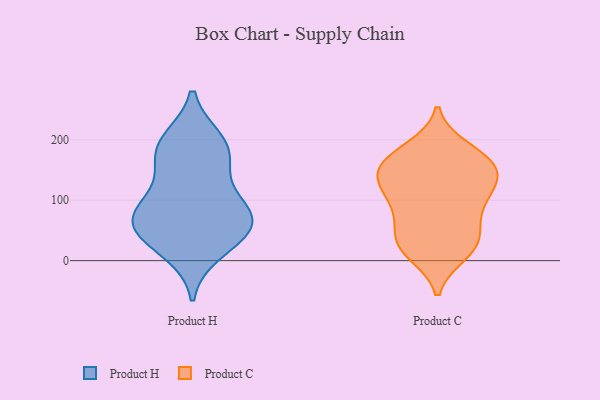
{"axis": {"x": "Market Share (%)", "y": "Value"}, "legend": ["Product C", "Product H"], "data": [{"x": "", "y": 40, "type": "Product H"}, {"x": "", "y": 109, "type": "Product H"}, {"x": "", "y": 191, "type": "Product H"}, {"x": "", "y": 64, "type": "Product H"}, {"x": "", "y": 66, "type": "Product H"}, {"x": "", "y": 16, "type": "Product H"}, {"x": "", "y": 73, "type": "Product H"}, {"x": "", "y": 160, "type": "Product H"}, {"x": "", "y": 87, "type": "Product H"}, {"x": "", "y": 180, "type": "Product H"}, {"x": "", "y": 198, "type": "Product H"}, {"x": "", "y": 50, "type": "Product H"}, {"x": "", "y": 72, "type": "Product C"}, {"x": "", "y": 96, "type": "Product C"}, {"x": "", "y": 12, "type": "Product C"}, {"x": "", "y": 63, "type": "Product C"}, {"x": "", "y": 169, "type": "Product C"}, {"x": "", "y": 117, "type": "Product C"}, {"x": "", "y": 178, "type": "Product C"}, {"x": "", "y": 30, "type": "Product C"}, {"x": "", "y": 39, "type": "Product C"}, {"x": "", "y": 133, "type": "Product C"}, {"x": "", "y": 123, "type": "Product C"}, {"x": "", "y": 146, "type": "Product C"}, {"x": "", "y": 23, "type": "Product C"}, {"x": "", "y": 18, "type": "Product C"}, {"x": "", "y": 100, "type": "Product C"}, {"x": "", "y": 146, "type": "Product C"}, {"x": "", "y": 150, "type": "Product C"}, {"x": "", "y": 163, "type": "Product C"}, {"x": "", "y": 185, "type": "Product C"}]}